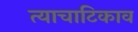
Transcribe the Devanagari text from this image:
त्याचाटिकाव